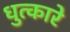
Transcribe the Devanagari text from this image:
धुत्कारे